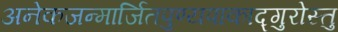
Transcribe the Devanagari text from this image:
अनेकजन्मार्जितपुण्यपाकाद्गुरोस्तु